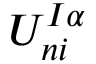
U _ { n i } ^ { I \alpha }